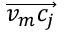
\overrightarrow { v _ { m } c _ { j } }